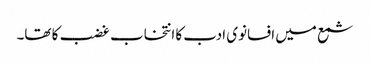
شمع میں افسانوی ادب کا انتخاب غضب کا تھا۔